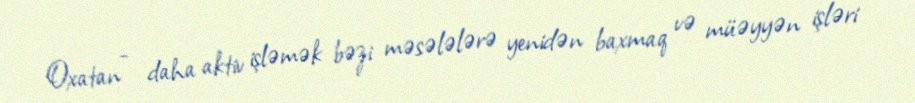
Oxatan - daha aktiv işləmək bəzi məsələlərə yenidən baxmaq və müəyyən işləri